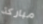
مباركة